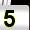
Digit: 5